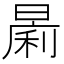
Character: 𱢟